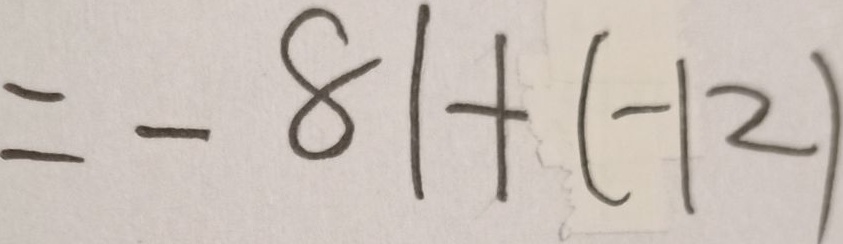
= - 8 1 + ( - 1 2 )